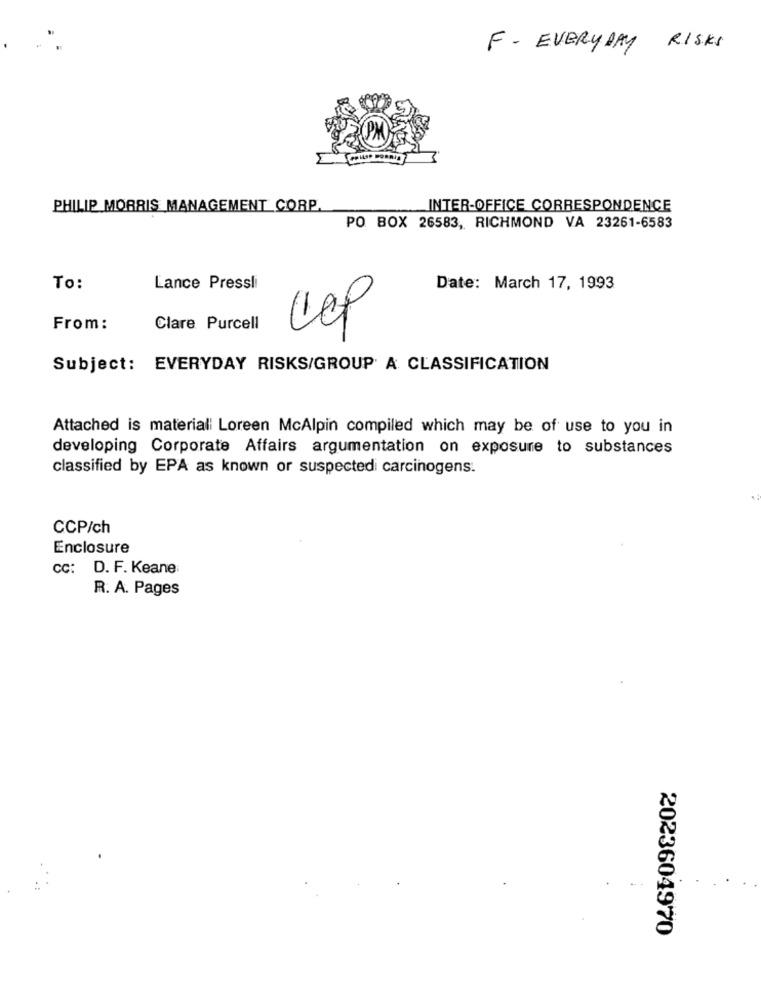
F- EVERYDAY RISKS
PHILIP MORRIS MANAGEMENT CORP
INTER-OFFICE CORRESPONDENCE
PO BOX 26583, RICHMOND VA 23261-6583
To:
Lance Pressli
Date: March 17, 1993
From:
Clare Purcell
Subject: EVERYDAY RISKS/GROUP A CLASSIFICATION
Attached is materiali Loreen McAlpin compiled which may be of use to you in
developing Corporate Affairs argumentation on exposure to substances
classified by EPA as known or suspectedi carcinogens.
CCP/ch
Enclosure
CC: D. F. Keane:
R. A. Pages
2023604970